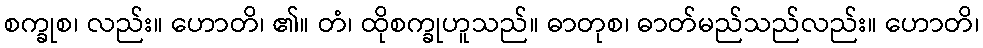
စက္ခုစ၊ လည်း။ ဟောတိ၊ ၏။ တံ၊ ထိုစက္ခုဟူသည်။ ဓာတုစ၊ ဓာတ်မည်သည်လည်း။ ဟောတိ၊